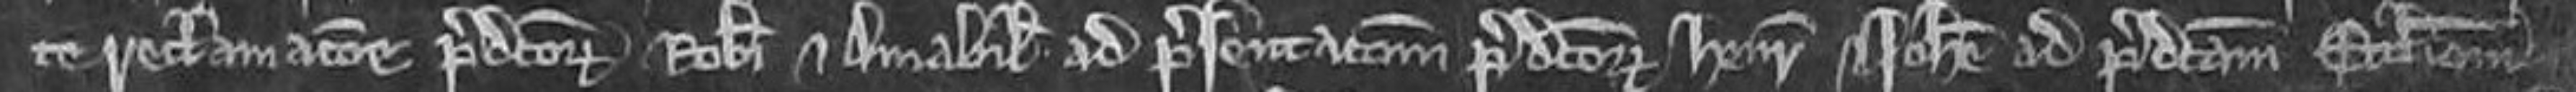
te reclamacione predictorum Roberti et Amabilie. ad presentacionem predictorum Henrici et Johanne ad predictam ecclesiam